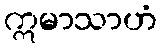
ဣမာသာဟံ